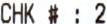
CHK # : 2